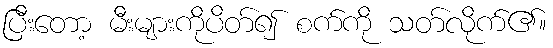
ပြီးတော့ မီးများကိုပိတ်၍ စက်ကို သတ်လိုက်၏။